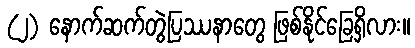
(၂) နောက်ဆက်တွဲပြဿနာတွေ ဖြစ်နိုင်ခြေရှိလား။